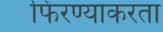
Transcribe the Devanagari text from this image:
फिरण्याकरता